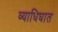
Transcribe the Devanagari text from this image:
व्याधिघात